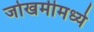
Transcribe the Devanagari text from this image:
जोखमीमध्ये